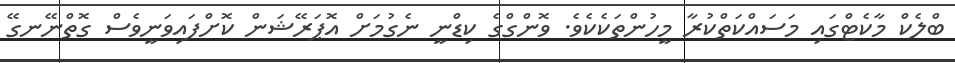
ބްލެކް މާކެޓްގައި މަސައްކަތްކުރާ މީހުންތަކެކެވެ. ވޮންގްގެ ކިޑްނީ ނެގުމަށް އޮޕަރޭޝަން ކޮށްފައިވަނީވެސް ގޮތްނޭނގޭ